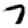
Digit: 7